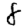
Digit: 8